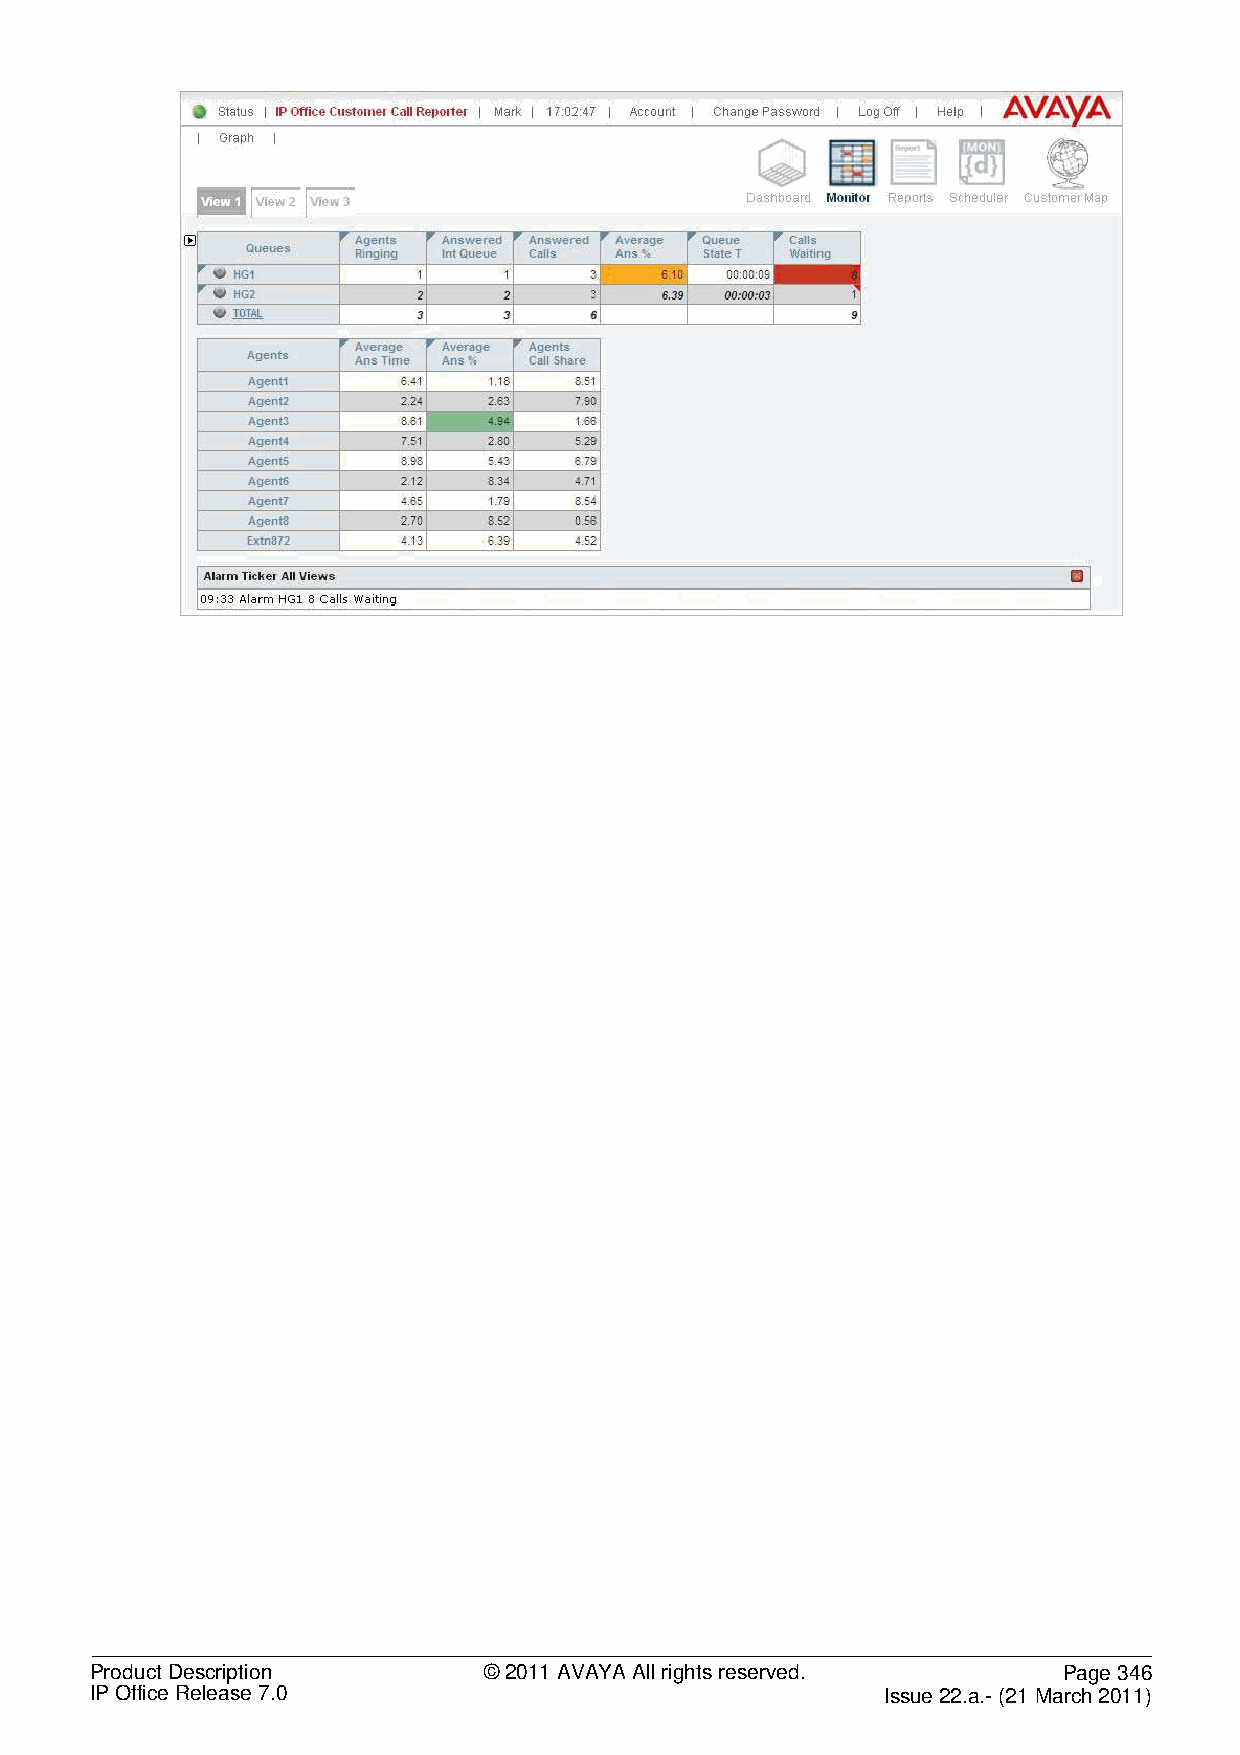
Product Description       © 2011 AVAYA All rights reserved.     Page 346
 IP Office Release 7.0                                Issue 22.a.- (21 March 2011)